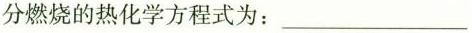
分燃烧的热化学方程式为：___